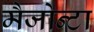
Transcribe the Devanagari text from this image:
मैजोन्टा